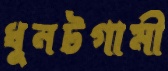
ধুনটগামী